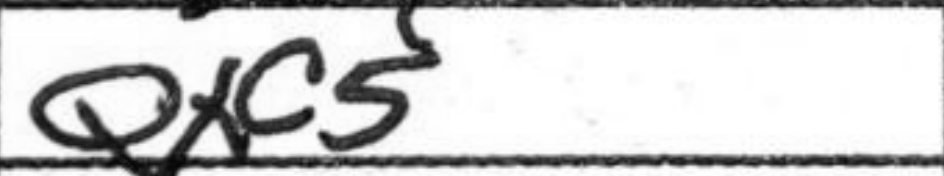
Transcription: Qxc5